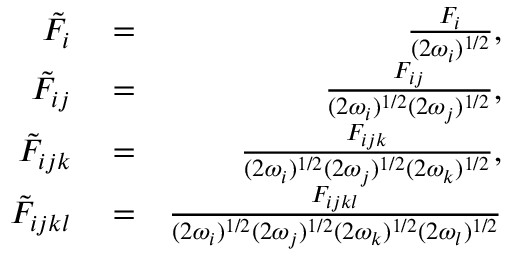
\begin{array} { r l r } { \tilde { F } _ { i } } & { { } = } & { \frac { F _ { i } } { ( 2 \omega _ { i } ) ^ { 1 / 2 } } , } \\ { \tilde { F } _ { i j } } & { { } = } & { \frac { F _ { i j } } { ( 2 \omega _ { i } ) ^ { 1 / 2 } ( 2 \omega _ { j } ) ^ { 1 / 2 } } , } \\ { \tilde { F } _ { i j k } } & { { } = } & { \frac { F _ { i j k } } { ( 2 \omega _ { i } ) ^ { 1 / 2 } ( 2 \omega _ { j } ) ^ { 1 / 2 } ( 2 \omega _ { k } ) ^ { 1 / 2 } } , } \\ { \tilde { F } _ { i j k l } } & { { } = } & { \frac { F _ { i j k l } } { ( 2 \omega _ { i } ) ^ { 1 / 2 } ( 2 \omega _ { j } ) ^ { 1 / 2 } ( 2 \omega _ { k } ) ^ { 1 / 2 } ( 2 \omega _ { l } ) ^ { 1 / 2 } } } \end{array}